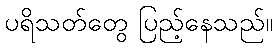
ပရိသတ်တွေ ပြည့်နေသည်။